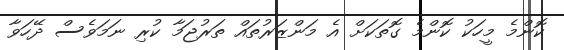
ކޮންމެ މީހަކު ކޮންމެ ގޮތަކަށް އެ މަންޒަރުތައް ތަރުޖަމާ ކުރި ނަމަވެސް ދޭހަވާ